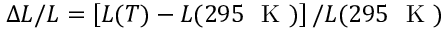
\Delta L / L = \left[ L ( T ) - L ( 2 9 5 ~ \mathrm { ~ K ~ } ) \right] / L ( 2 9 5 ~ \mathrm { ~ K ~ } )